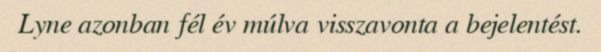
Lyne azonban fél év múlva visszavonta a bejelentést.